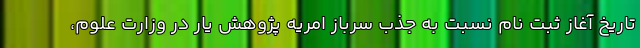
تاریخ آغاز ثبت نام نسبت به جذب سرباز امریه پژوهش یار در وزارت علوم،